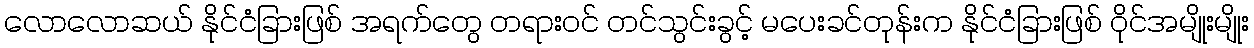
လောလောဆယ် နိုင်ငံခြားဖြစ် အရက်တွေ တရားဝင် တင်သွင်းခွင့် မပေးခင်တုန်းက နိုင်ငံခြားဖြစ် ဝိုင်အမျိုးမျိုး